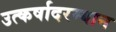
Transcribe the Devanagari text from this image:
उत्कर्षादरम्यान